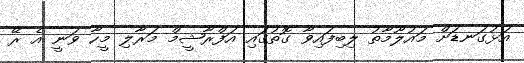
އަޅުގަނޑަށް މައުލޫމާތު ލިބިފައިވާ ގޮތުގައި އަފްރާޝީމް މަރާލި މީހާ ވަނީ އެ ރޭ